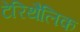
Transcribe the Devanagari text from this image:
टेरिथैलिक